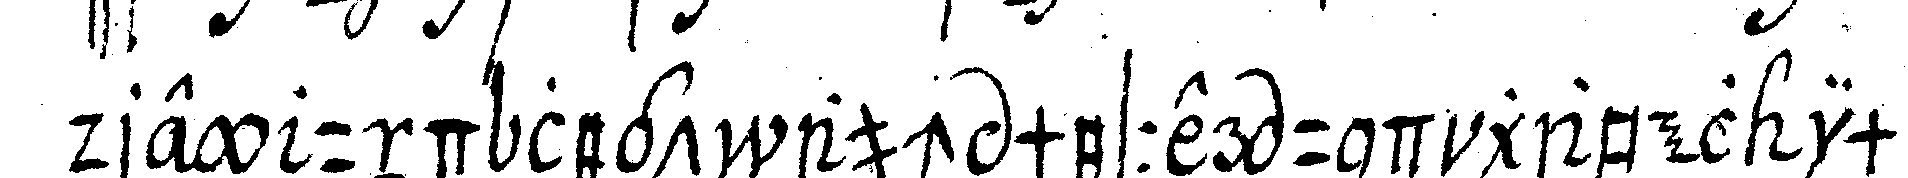
drey und legt auch messer und gabel im